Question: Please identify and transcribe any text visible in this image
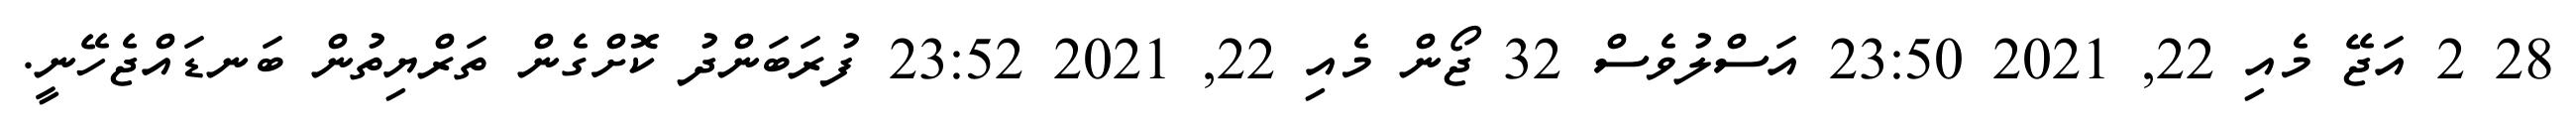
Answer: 28 2 އަޖޭ މެއި 22, 2021 23:50 އަސްލުވެސް 32 ޖޯން މެއި 22, 2021 23:52 ފުރަބަންދު ކޮށްގެން ތަރްޔިތުން ބަނޑައްޖެހޭނީ.